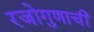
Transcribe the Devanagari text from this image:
रजोगुणाची